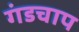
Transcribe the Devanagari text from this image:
गंडचाप